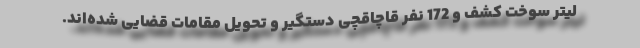
لیتر سوخت کشف و 172 نفر قاچاقچی دستگیر و تحویل مقامات قضایی شده‌اند.